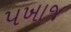
પખાજ